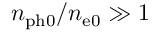
n _ { \mathrm { p h 0 } } / n _ { \mathrm { e 0 } } \gg 1